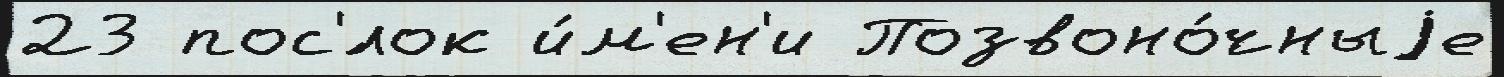
23 пос'́лок и́м'ен'и Позвоно́чныjе